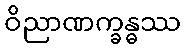
ဝိညာဏက္ခန္ဓဿ